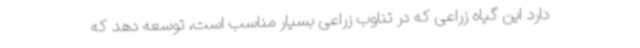
دارد این گیاه زراعی که در تناوب زراعی بسیار مناسب است، توسعه دهد که